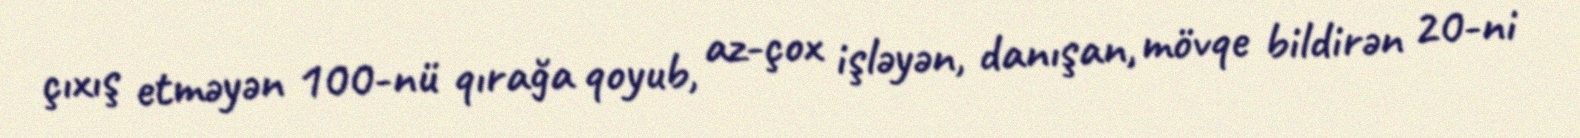
çıxış etməyən 100-nü qırağa qoyub, az-çox işləyən, danışan, mövqe bildirən 20-ni